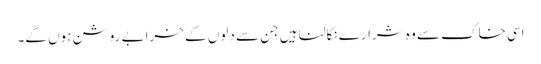
اسی خاک سے وہ شرارے نکالنا ہیں جن سے دلوں کے خرابے روشن ہوں گے۔